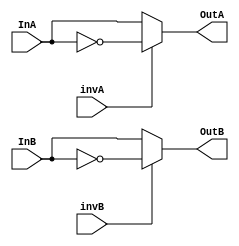
module inverter(InA, InB, invA, invB, OutA, OutB);

	input [15:0] InA, InB;
	input invA, invB;
	output [15:0] OutA, OutB;
	
	assign OutA = (invA == 1) ? ~InA : InA;
	assign OutB = (invB == 1) ? ~InB : InB;

endmodule